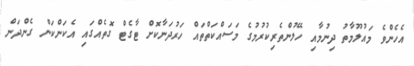
އެހެންވެ މައުލޫމާތު ދިނުމާއި ހޭލުންތެރިކުރުމުގެ މަސައްކަތްތައް ހަރުދަނާކޮށް ޓާގެޓް ގޮތެއްގައި އެކަންކަން ގެންދަން